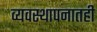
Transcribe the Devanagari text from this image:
व्यवस्थापनातही